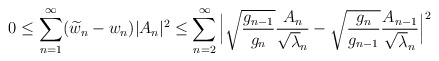
\begin{align*}{}0& \leq\displaystyle\sum_{n=1}^{\infty}(\widetilde{w}_{n}-w_{n})|A_{n}|^{2}\leq\displaystyle\sum_{n=2}^{\infty}\Big|\sqrt{ \frac{g_{n-1}}{g_{n}}}\frac{A_{n}}{\sqrt\lambda_{n}}-\sqrt{\frac{g_{n}}{g_{n-1}}}\frac{A_{n-1}}{\sqrt\lambda_{n}}\Big|^{2}\end{align*}